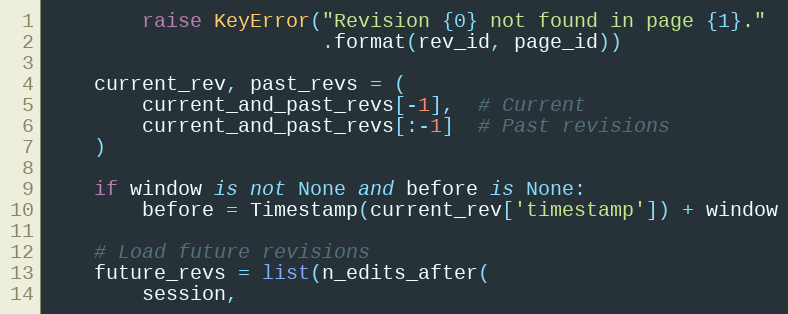
Language: Python
        raise KeyError("Revision {0} not found in page {1}."
                       .format(rev_id, page_id))

    current_rev, past_revs = (
        current_and_past_revs[-1],  # Current
        current_and_past_revs[:-1]  # Past revisions
    )

    if window is not None and before is None:
        before = Timestamp(current_rev['timestamp']) + window

    # Load future revisions
    future_revs = list(n_edits_after(
        session,